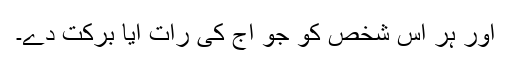
اور ہر اُس شخص کو جو آج کی رات آیا برکت دے۔